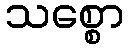
သစ္စော